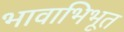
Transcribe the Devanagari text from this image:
भावाभिभूत